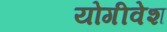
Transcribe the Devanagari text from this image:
योगीवेश